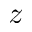
z